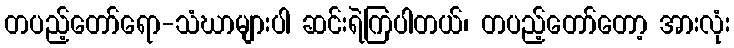
တပည့်တော်ရော-သံဃာများပါ ဆင်းရဲကြပါတယ်၊ တပည့်တော်တော့ အားလုံး